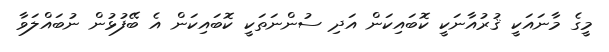
މީގެ މާނައަކީ ޤުރުއާނަކީ ކޮބައިކަން އަދި ސުންނަތަކީ ކޮބައިކަން އެ ބޭފުޅުން ނުބައްލަވާ